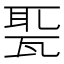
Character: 𤭗